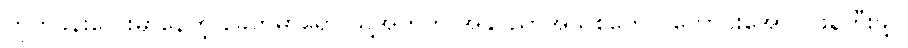
တိုက်ခန်းလေးမှာနေတဲ့ ခေတ်မှာရော သူ့အတွက် အနုပညာအသစ်တွေ ပိုကောင်းအောင် ဖန်တီးဖို့ပဲ